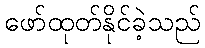
ဖော်ထုတ်နိုင်ခဲ့သည်